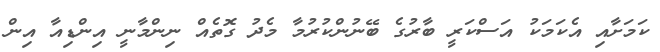
ކަމަށާއި އެކަމަކު އަސްކަރީ ބާރުގެ ބޭނުންކުރުމާ މެދު ގޮތެއް ނިންމާނީ އިންޑިއާ އިން